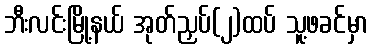
ဘီးလင်းမြို့နယ် အုတ်ညှပ်(၂)ထပ် သူ့ဖခင်မှာ